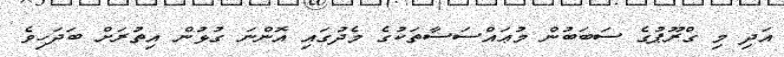
އަދި މި ގްރޫޕުގެ ސަބަބުން މުޢައްސަސާތަކުގެ މެދުގައި އޮންނަ ގުޅުން އިތުރަށް ބަދަހިވެ